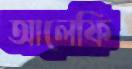
আলেফি